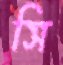
সি